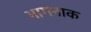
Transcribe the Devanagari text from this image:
भागनाक